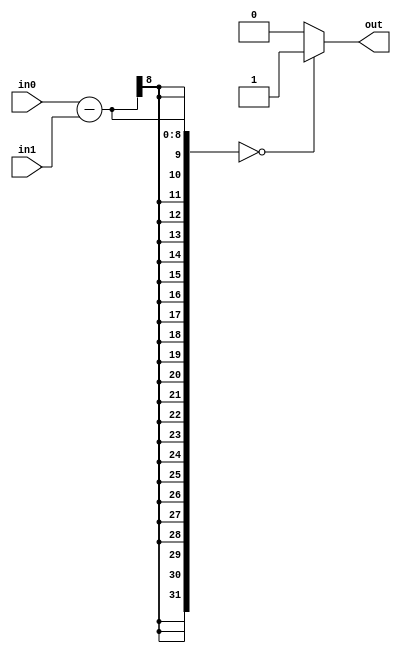
`timescale 1ns / 1ps
//////////////////////////////////////////////////////////////////////////////////
// Company: 
// Engineer: 
// 
// Design Name: 
// Module Name: COMP_EQ
// Project Name: 
// Target Devices: 
// Tool Versions: 
// Description: 
// 
// Dependencies: 
// 
// Revision:
// Revision 0.01 - File Created
// Additional Comments:
// 
//////////////////////////////////////////////////////////////////////////////////


module COMP_EQ(output reg out,
               input [7:0]in0,in1 );
               
               always @(*)
               if(in0-in1==0)
                out=1;
               else
                out=0;
endmodule